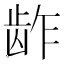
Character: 𱌬